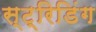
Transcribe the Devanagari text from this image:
स्ट्रिडिंग